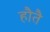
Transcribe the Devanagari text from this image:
हौतै